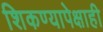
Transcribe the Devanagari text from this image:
शिकण्यापेक्षाही